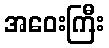
အဝေးကြီး